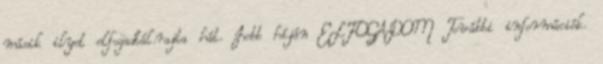
másik ilyet elfogadtál.rajta hát. Jobb híján ELFOGADOM További információk.